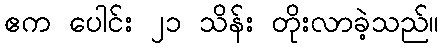
ဧက ပေါင်း ၂၁ သိန်း တိုးလာခဲ့သည်။